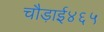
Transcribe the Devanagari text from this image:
चौड़ाई४६५